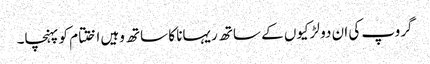
گروپ کی ان دو لڑکیوں کے ساتھ ریہانا کا ساتھ وہیں اختتام کو پہنچا۔